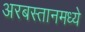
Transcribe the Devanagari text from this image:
अरबस्तानमध्ये